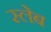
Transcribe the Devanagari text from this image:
स्लेब